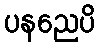
ပနညေပိ